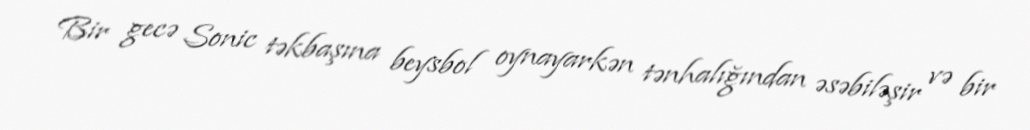
Bir gecə Sonic təkbaşına beysbol oynayarkən tənhalığından əsəbiləşir və bir